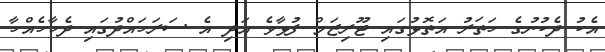
އެކު ދެކުނުގެ ހަތަރު އަތޮޅުގައި ޓޫރިޒަމް ފުޅާވެ އަދި އެ ސަރަހައްދުގައި ދެހާހެއްހާ